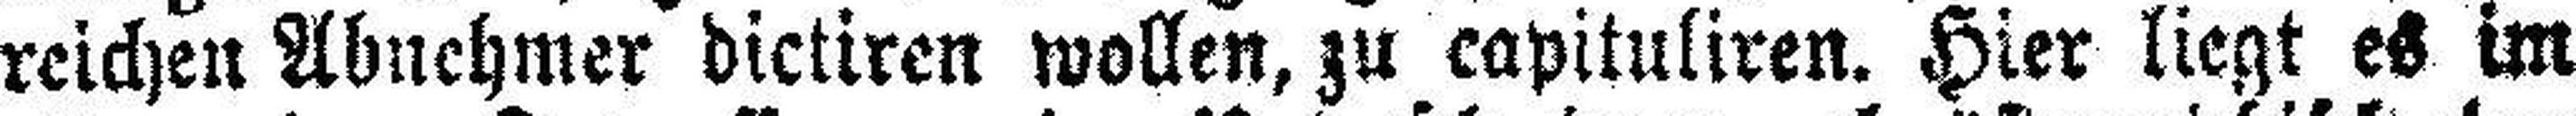
reichen Abnehmer dictiren wollen, zu capituliren. Hier liegt es im